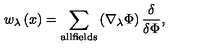
w _ { \lambda } \left( x \right) = \sum _ { \mathrm { a l l f i e l d s } } \left( \nabla _ { \lambda } \Phi \right) \frac \delta { \delta \Phi } ,